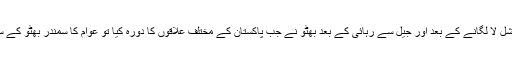
ضیاالحق کے ملک میں مارشل لا لگانے کے بعد اور جیل سے رہائی کے بعد بھٹو نے جب پاکستان کے مختلف علاقوں کا دورہ کیا تو عوام کا سمندر بھٹو کے ساتھ اس کی پشت پر نکل آیا۔